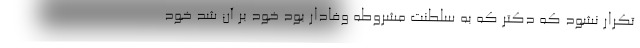
تکرار نشود که دکتر که به سلطنت مشروطه وفادار بود خود بر آن شد خود